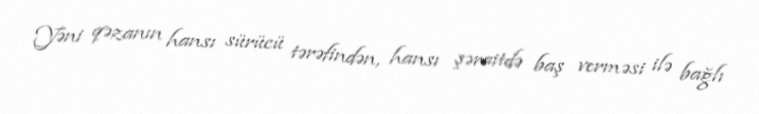
Yəni qəzanın hansı sürücü tərəfindən, hansı şəraitdə baş verməsi ilə bağlı